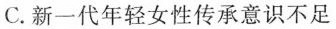
C.新一代年轻女性传承意识不足